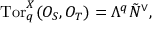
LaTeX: \mathrm { T o r } _ { q } ^ { X } ( { \cal O } _ { S } , { \cal O } _ { T } ) = \Lambda ^ { q } \tilde { N } ^ { \vee } ,